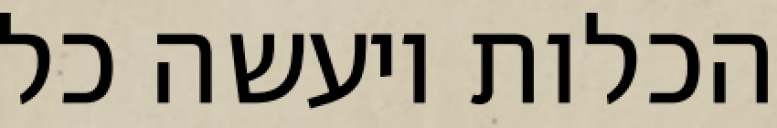
הכלות ויעשה כל